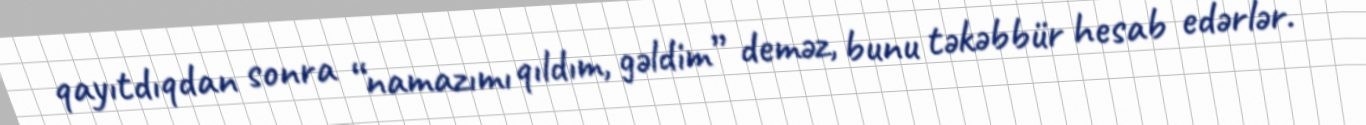
qayıtdıqdan sonra “namazımı qıldım, gəldim” deməz, bunu təkəbbür hesab edərlər.